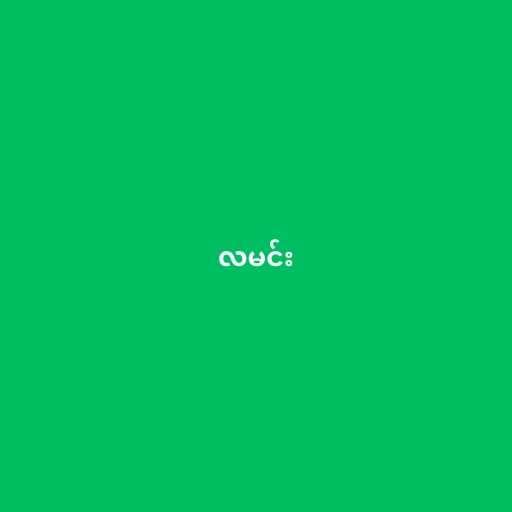
လမင်း